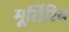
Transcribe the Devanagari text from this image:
मूर्तिरिव